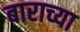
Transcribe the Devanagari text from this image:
बाराच्या